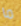
ما